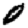
Digit: 0